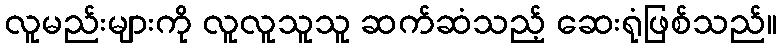
လူမည်းများကို လူလူသူသူ ဆက်ဆံသည့် ဆေးရုံဖြစ်သည်။